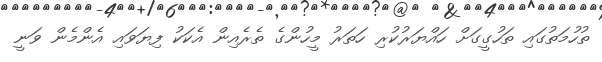
ތުހުމަތުގައި ތަހުގީގަށް ހައްޔަރުކުރި ހަތަރު މީހުންގެ ތެރެއިން އެކަކު ފިޔަވައި އެެންމެން ވަނީ